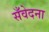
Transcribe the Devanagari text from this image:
सँवेदना